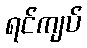
ရင်ကျပ်